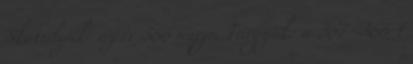
Skatulyák: az év 366 napja Tárgyak: a 367=366 1